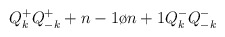
\begin{align*}Q_k^+Q_{-k}^+ + {{n-1}\o {n+1}}Q_k^-Q_{-k}^-\end{align*}